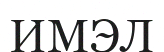
ИМЭЛ